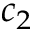
c _ { 2 }